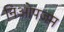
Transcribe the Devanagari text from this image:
निओपजम